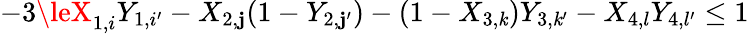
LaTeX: -3\leX_{1,i}Y_{1,i^{\prime}}-X_{2,\mathbf{j}}(1-Y_{2,\mathbf{j}^{\prime}})-(1-X_{3,\mathit{k}})Y_{3,\mathit{k}^{\prime}}-X_{4,l}Y_{4,l^{\prime}}\le1